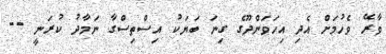
ވާރޭ ވެހުމަށް އެދި އިހަވަންދޫގެ ގިނަ ބަޔަކު އިސްތިސްގާ ނަމާދު ކުރަނީ --